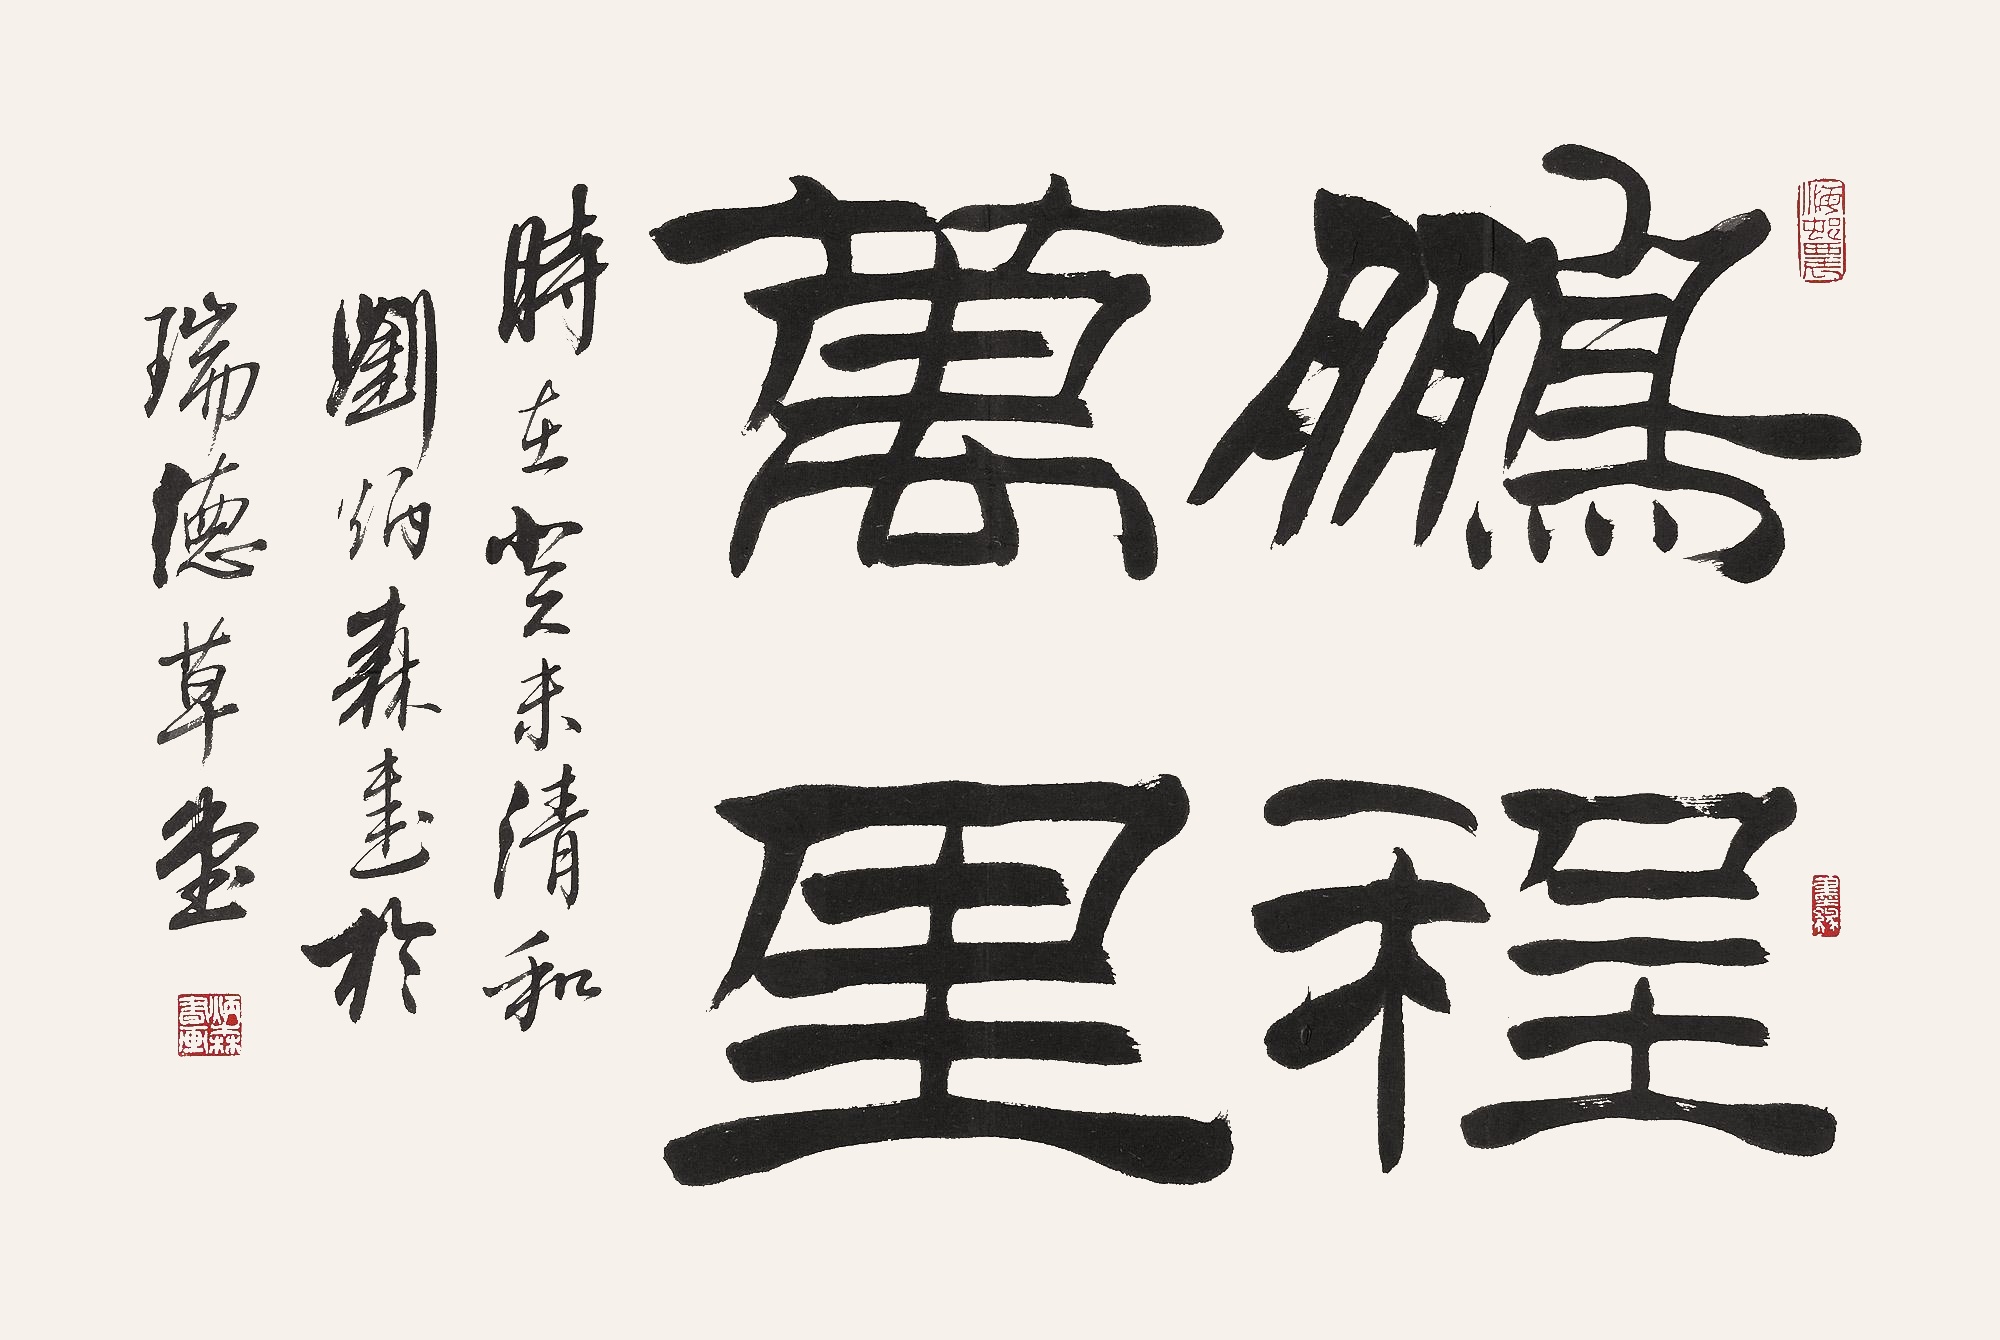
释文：鹏程万里。时在癸未清和，刘炳森书于瑞德草堂。